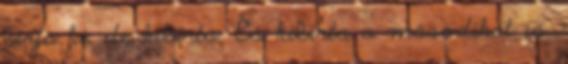
bírja ki, de kibírta. És kibírta a másodikat is.